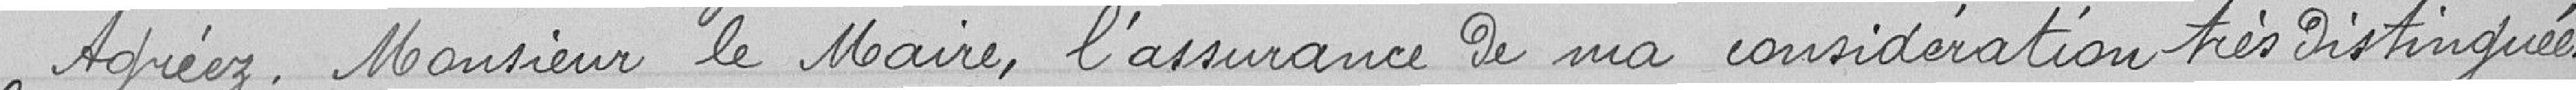
Agréez Monsieur le Maire, l'assurance de ma considération très distinguée.